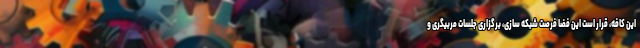
این کافه، قرار است این فضا فرصت شبکه سازی، برگزاری جلسات مربیگری و